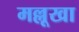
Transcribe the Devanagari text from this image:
मल्लूखा